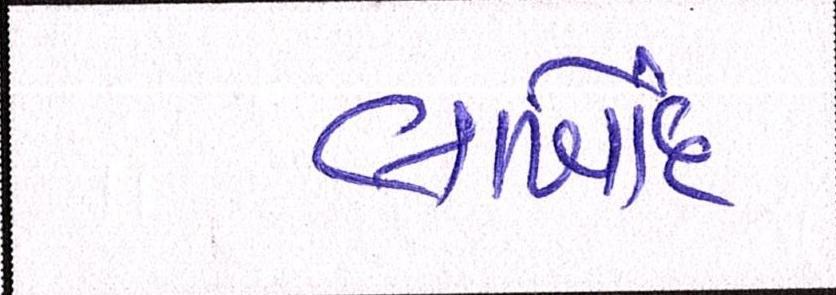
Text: લાખોંદ